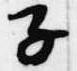
子